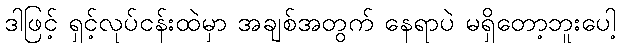
ဒါဖြင့် ရှင့်လုပ်ငန်းထဲမှာ အချစ်အတွက် နေရာပဲ မရှိတော့ဘူးပေါ့